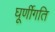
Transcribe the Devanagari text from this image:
घूर्णीगति